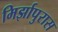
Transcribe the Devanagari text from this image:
मिर्झापुरास